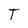
Character: T